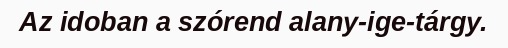
Az idoban a szórend alany-ige-tárgy.